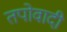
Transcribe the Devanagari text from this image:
तपोवादी